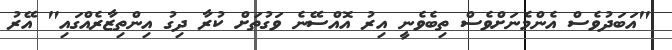
"އަބަދުވެސް އެންމެނަށްވެސް ތިބެވެނީ އިރު އޮއްސޭނެ ވަގުތަށް ކުރާ ދިގު އިންތިޒާރެއްގައި" އޭރު